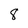
Character: 8